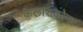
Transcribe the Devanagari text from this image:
कैलाशकोना